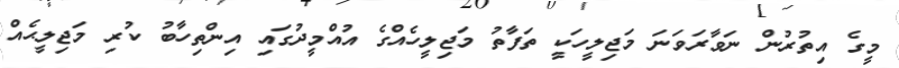
މީގެ އިތުރުން ނަވާރަވަނަ މަޖިލީހަކީ ތަފާތު މަޖިލީހެއްގެ އުއްމީދުގައި އިންތިހާބު ކުރި މަޖިލީޙެއް